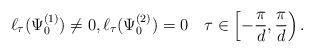
LaTeX: \begin{align*}\ell_\tau(\Psi_0^{(1)})\not=0,\ell_\tau(\Psi_0^{(2)})=0\quad\tau\in \left[-\frac{\pi}{d},\frac{\pi}{d}\right).\end{align*}